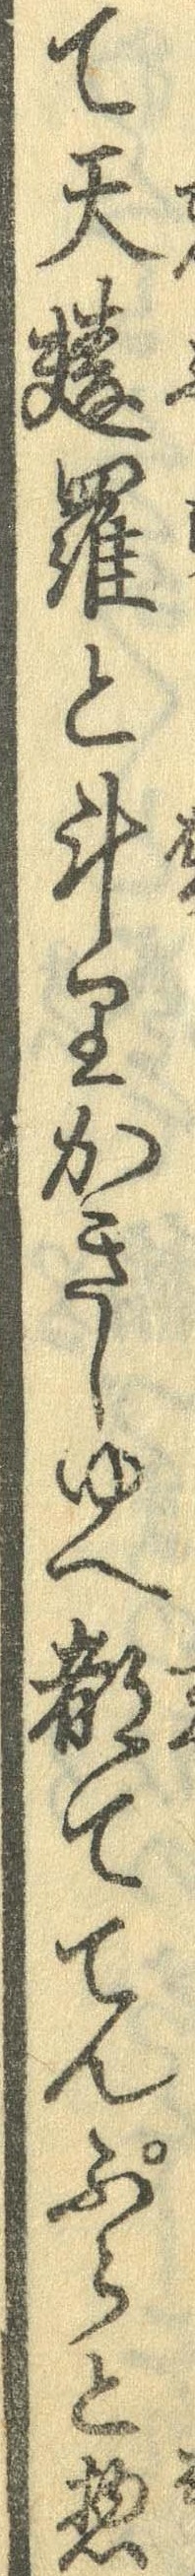
て天麩羅と斗りかきしゆへ都ててんぷらと惣